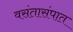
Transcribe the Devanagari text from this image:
वसंतासंपात